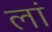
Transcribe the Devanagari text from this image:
लां